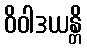
ဝိဝါဒယန္တိ